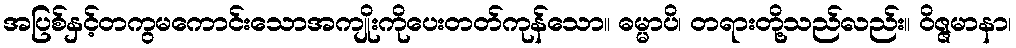
အပြစ်နှင့်တကွမကောင်းသောအကျိုးကိုပေးတတ်ကုန်သော။ ဓမ္မာပိ၊ တရားတို့သည်လည်း။ ဝိဇ္ဇမာနာ၊